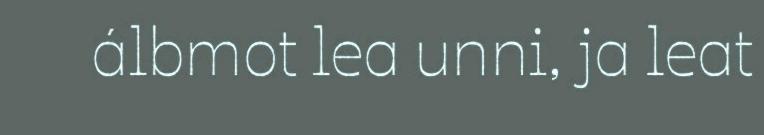
álbmot lea unni, ja leat